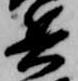
兵